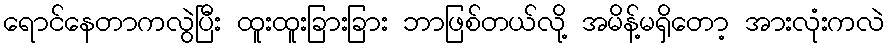
ရောင်နေတာကလွဲပြီး ထူးထူးခြားခြား ဘာဖြစ်တယ်လို့ အမိန့်မရှိတော့ အားလုံးကလဲ